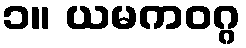
၁။ ယမကဝဂ္ဂ